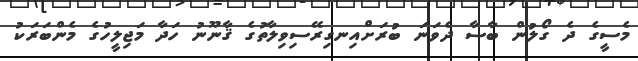
މެސީގެ ދެ ގޯލުން ބާސާ ދެވަނަ ބުރަށްއިނގިރޭސިވިލާތުގެ ޤާނޫނު ހަދާ މަޖިލީހުގެ މެންބަރަކު